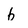
Character: b